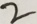
2